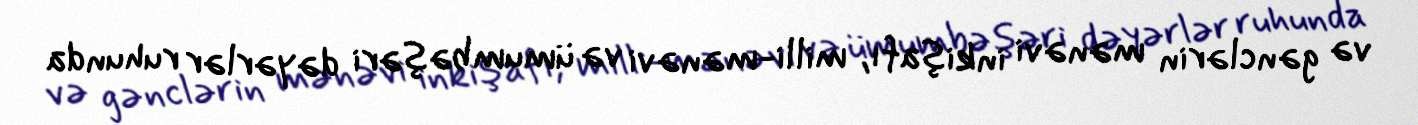
və gənclərin mənəvi inkişafı, milli-mənəvi və ümumbəşəri dəyərlər ruhunda